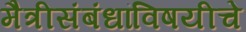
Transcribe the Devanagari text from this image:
मैत्रीसंबंधांविषयीचे